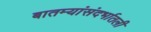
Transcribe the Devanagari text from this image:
बातम्यांसंदर्भातली